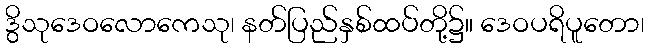
ဒွိသုဒေဝလောကေသု၊ နတ်ပြည်နှစ်ထပ်တို့၌။ ဒေဝပရိပူတော၊